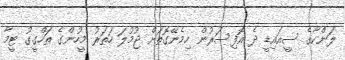
ލަންކާގެ ސީއައިޑީ ދެ އޮފިސަރުން ހިމެނޭގޮތަށް ޖުމުލަ ހަތަރު މީހުންގެ ތަހްގީގު ޓީމާ